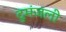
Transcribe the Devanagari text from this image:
दुमंजली